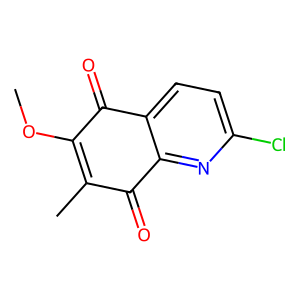
SMILES: COC1=C(C)C(=O)c2nc(Cl)ccc2C1=O
Inhibits HIV replication: No